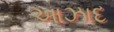
આઝાદ